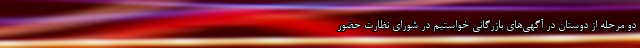
دو مرحله از دوستان‌ در آگهی‌های بازرگانی خواستیم در شورای نظارت حضور